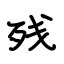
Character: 残